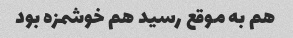
هم به موقع رسید هم خوشمزه بود